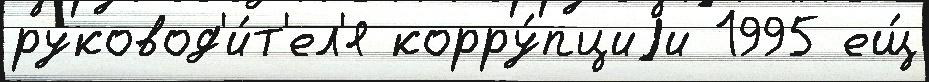
руковод'и́т'ел'я корру́пциjи 1995 ещ́